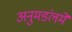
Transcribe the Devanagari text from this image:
अनुमडंलमे